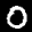
Label: 0